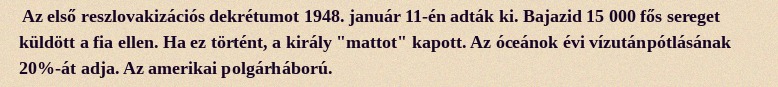
Az első reszlovakizációs dekrétumot 1948. január 11-én adták ki. Bajazid 15 000 fős sereget küldött a fia ellen. Ha ez történt, a király "mattot" kapott. Az óceánok évi vízutánpótlásának 20%-át adja. Az amerikai polgárháború.